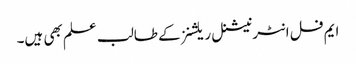
ایم فل انٹرنیشنل ریلشنز کے طالب علم بھی ہیں۔